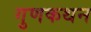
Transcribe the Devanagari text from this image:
गुणकथन